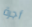
أجرة